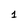
Character: 1